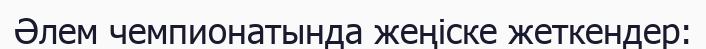
Әлем чемпионатында жеңіске жеткендер: